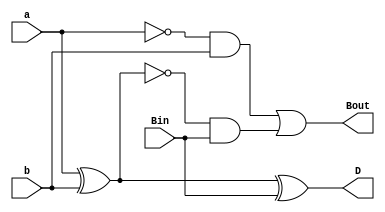
module fs(input a, b, Bin, output reg D, Bout);
  assign D = a ^ b ^ Bin;
  assign Bout = (~a & b) | (~(a ^ b) & Bin);
endmodule